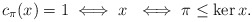
\begin{align*} c_\pi(x) = 1 \iff x~ \iff \pi \leq \ker x.\end{align*}